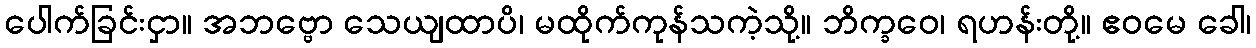
ပေါက်ခြင်းငှာ။ အဘဗ္ဗော သေယျထာပိ၊ မထိုက်ကုန်သကဲ့သို့။ ဘိက္ခဝေ၊ ရဟန်းတို့။ ဧဝမေ ခေါ၊